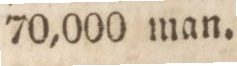
70,000 man.